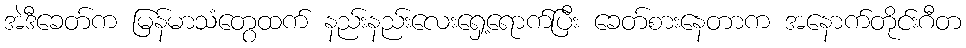
အဲဒီခေတ်က မြန်မာသံတွေထက် နည်းနည်းလေးရှေ့ရောက်ပြီး ခေတ်စားနေတာက အနောက်တိုင်းဂီတ